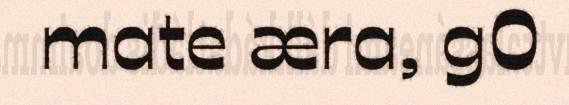
mate æra, g0